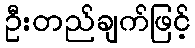
ဦးတည်ချက်ဖြင့်